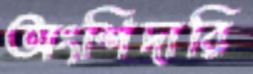
অংশিদারি